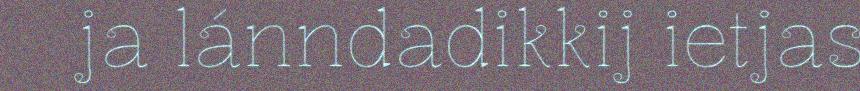
ja lánndadikkij ietjas